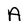
Character: A